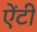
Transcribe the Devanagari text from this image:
एेंटी